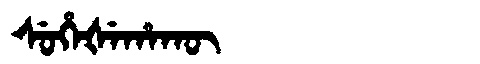
Manchu: ᠰᡠᡥᡝᡧᡝᡥᠠᡴᡡ
Romanization: SUHEŠEHAKŪ